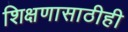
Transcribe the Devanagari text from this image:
शिक्षणासाठीही